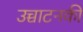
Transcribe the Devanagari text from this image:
उच्चाटनकी